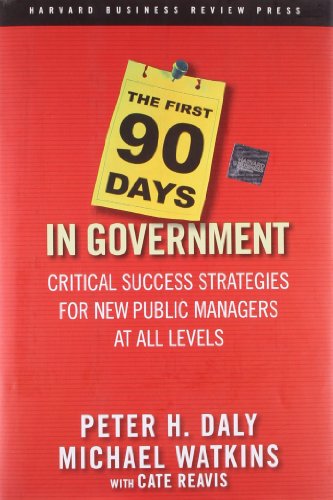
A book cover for The First 90 Days in Government: Critical Success Strategies for New Public Managers at All Levels; Peter H. Daly; Politics & Social Sciences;